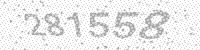
Solution: 281558